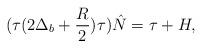
LaTeX: \begin{align*}(\tau(2\Delta_b+\frac{R}{2})\tau)\hat N=\tau+H,\end{align*}